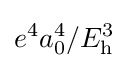
e^{4}a_{0}^{4}/E_{\text{h}}^{3}